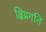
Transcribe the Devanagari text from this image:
क्षिप्रगति